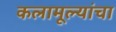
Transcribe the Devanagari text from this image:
कलामूल्यांचा